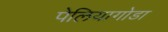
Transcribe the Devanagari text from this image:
पेलियागोडा